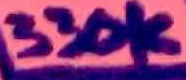
Text: 330K